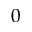
0